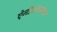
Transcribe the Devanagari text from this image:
ऐन्टीआक्सडन्ट